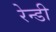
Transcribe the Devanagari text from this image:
रेन्डी